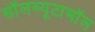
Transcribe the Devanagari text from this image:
सॉलब्यूटामॉल